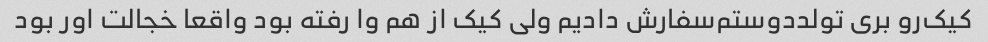
کیک‌رو بری تولددوستم‌سفارش دادیم ولی کیک از هم وا رفته بود واقعا خجالت اور بود